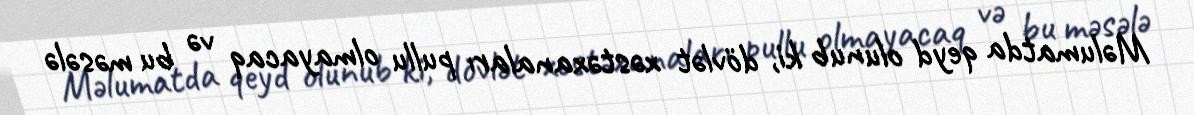
Məlumatda qeyd olunub ki, dövlət xəstəxanaları pullu olmayacaq və bu məsələ